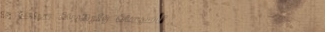
تأسيسات وتركيبات سباكة عا